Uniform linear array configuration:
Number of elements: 8
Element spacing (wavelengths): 0.75
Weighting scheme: binomial
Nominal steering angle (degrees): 0
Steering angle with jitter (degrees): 0.398
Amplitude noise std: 0.05
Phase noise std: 0.05

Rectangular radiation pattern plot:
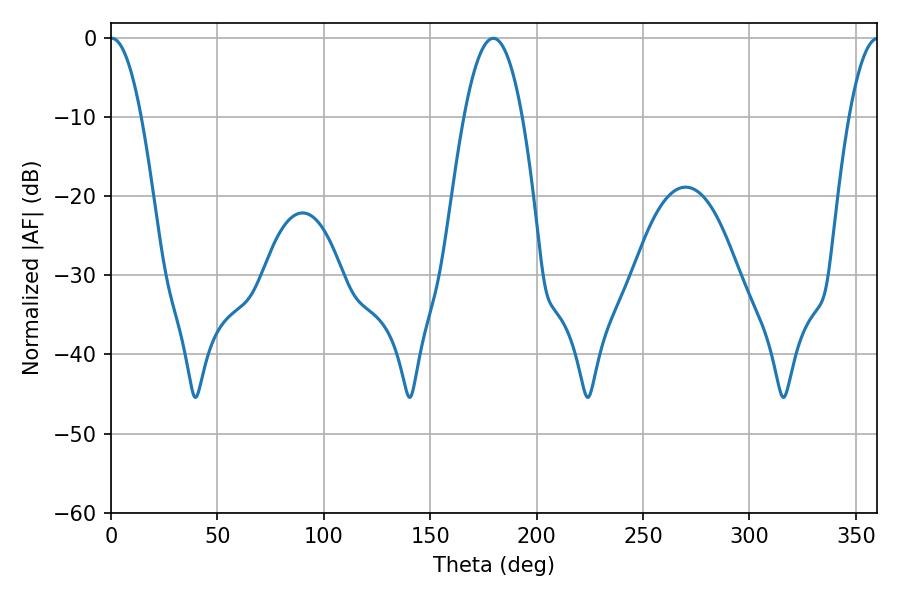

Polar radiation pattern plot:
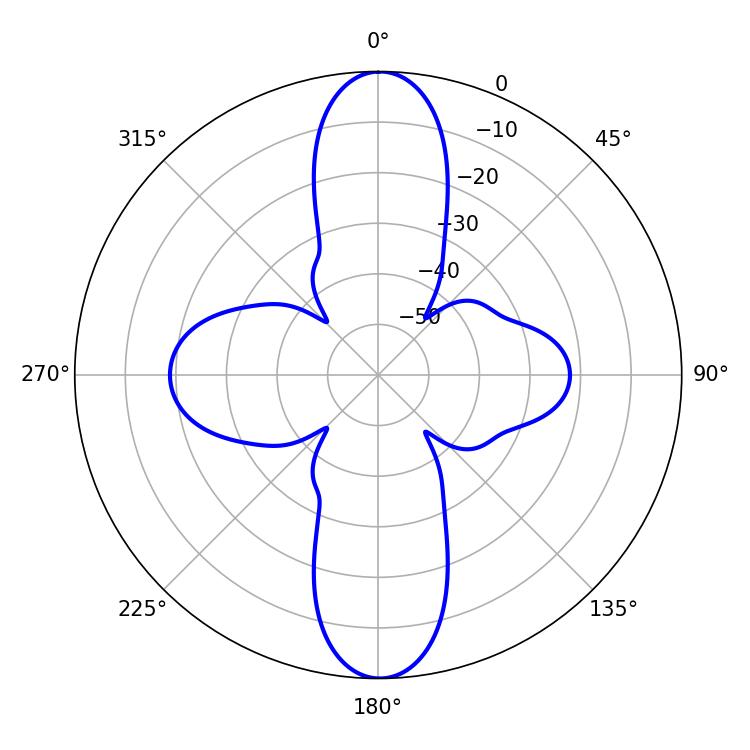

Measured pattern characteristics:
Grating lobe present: TRUE
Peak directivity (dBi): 33.911
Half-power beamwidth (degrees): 7.92
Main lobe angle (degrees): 0.36